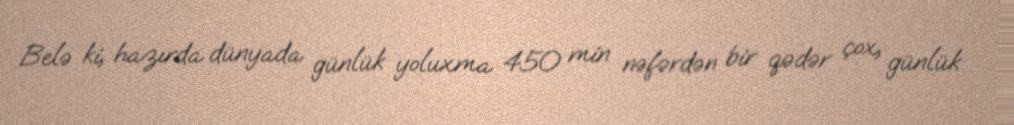
Belə ki, hazırda dünyada günlük yoluxma 450 min nəfərdən bir qədər çox, günlük